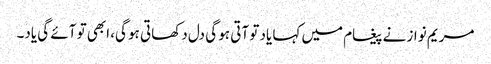
مریم نواز نے پیغام میں کہا یاد تو آتی ہو گی دل دکھاتی ہو گی، ابھی تو آئے گی یاد۔